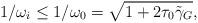
LaTeX: \begin{align*} 1/\omega_i\le1/\omega_0=\sqrt{1+2\tau_0\tilde{\gamma}_{G}}, \end{align*}